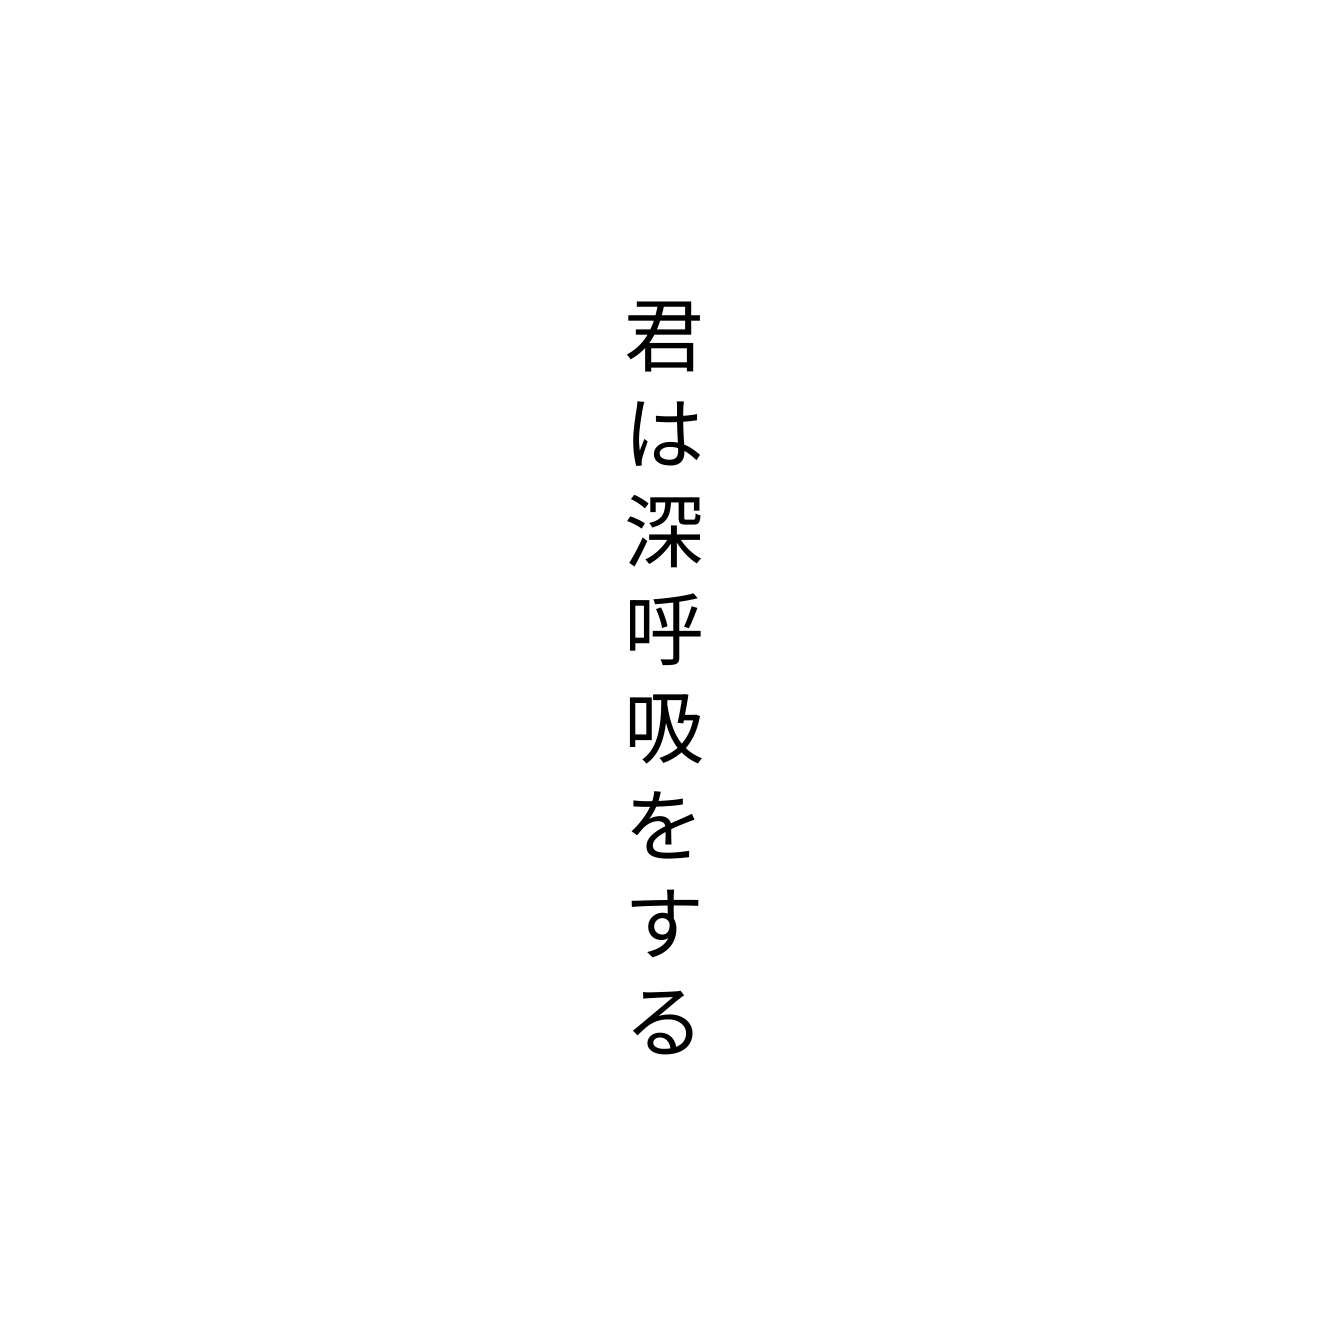
君は深呼吸をする